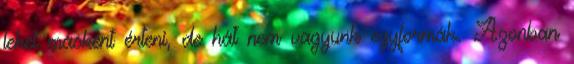
lehet másként érteni, de hát nem vagyunk egyformák. Azonban